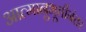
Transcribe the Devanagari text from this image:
आत्मानुभूतीनंतर